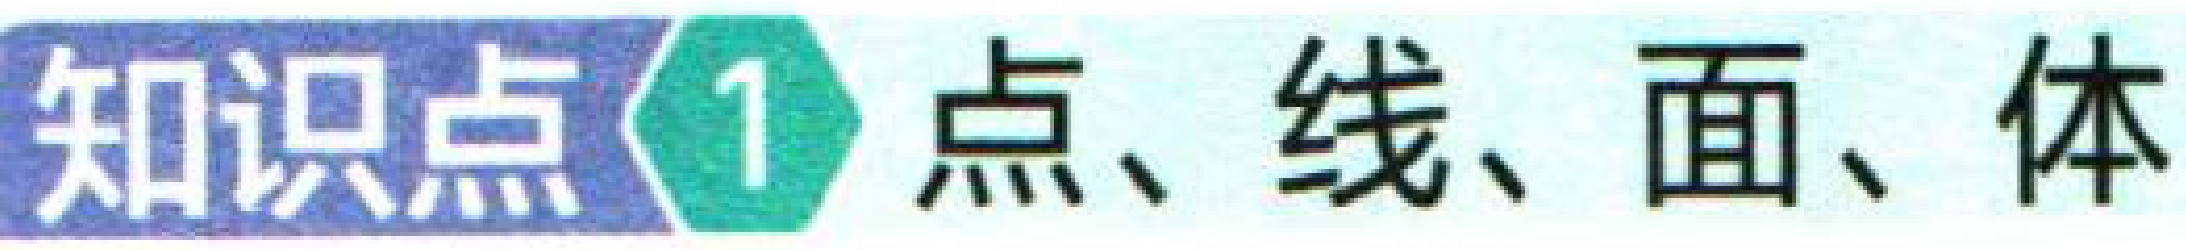
知识点\textcircled{1} 点、线、面、体